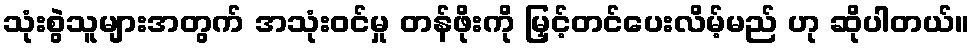
သုံးစွဲသူများအတွက် အသုံးဝင်မှု တန်ဖိုးကို မြှင့်တင်ပေးလိမ့်မည် ဟု ဆိုပါတယ်။